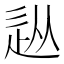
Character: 𨑢